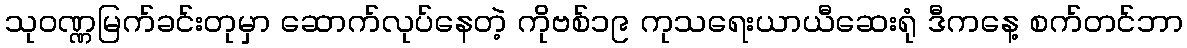
သုဝဏ္ဏမြက်ခင်းတုမှာ ဆောက်လုပ်နေတဲ့ ကိုဗစ်၁၉ ကုသရေးယာယီဆေးရုံ ဒီကနေ့ စက်တင်ဘာ